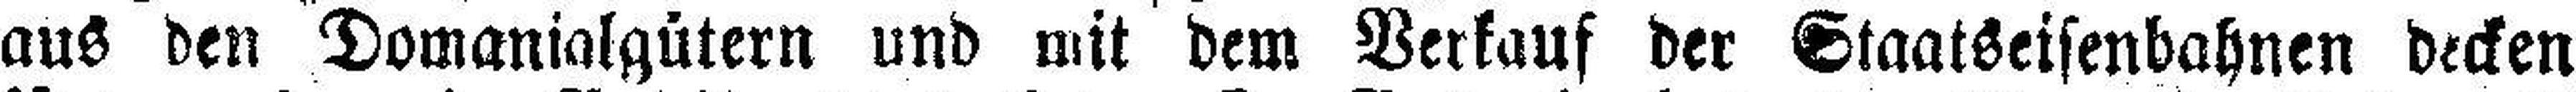
aus den Domanialgütern und mit dem Verkauf der Staatseisenbahnen decken